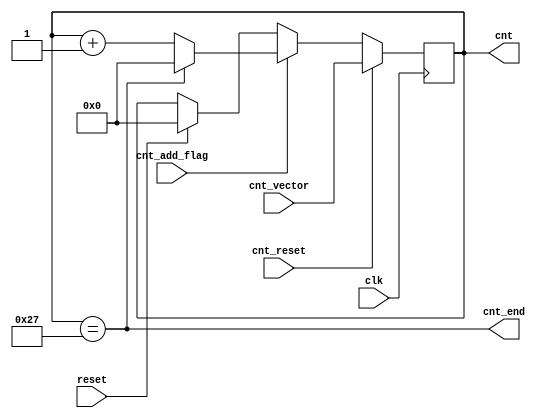
// This program was cloned from: https://github.com/b224hisl/rioschip
// License: Apache License 2.0

module counter_rob#(
    parameter CNT_SIZE = 32 + 8,
    parameter CNT_SIZE_WIDTH = 6
) (
    input clk,
    input reset,
    input cnt_reset,
    input cnt_add_flag,
    input [CNT_SIZE_WIDTH-1:0] cnt_vector,
    output [CNT_SIZE_WIDTH-1:0] cnt,
    output cnt_end
);
reg [CNT_SIZE_WIDTH-1:0] cnt_r;
assign cnt = cnt_r;

always @(posedge clk) begin
    if (reset) begin
        cnt_r <= 0;
    end if (cnt_reset) begin
        cnt_r <= cnt_vector;
    end else if (cnt_add_flag) begin
        if (cnt_end) begin
            cnt_r <= 0;
        end else begin
            cnt_r <= cnt_r + 1;
        end
    end
end
/* verilator lint_off WIDTH */
assign cnt_end = cnt == CNT_SIZE - 1;
/* verilator lint_on WIDTH */
endmodule